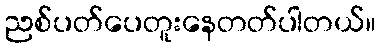
ညစ်ပတ်ပေတူးနေတတ်ပါတယ်။